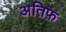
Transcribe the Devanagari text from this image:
अतिफ़